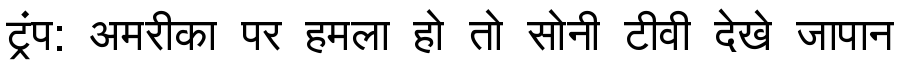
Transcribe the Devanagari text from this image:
ट्रंप: अमरीका पर हमला हो तो सोनी टीवी देखे जापान